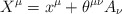
\begin{align*}X^{\mu} = x^{\mu} + \theta^{\mu \nu} A_{\nu}\end{align*}